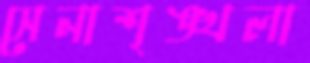
সেনাশৃঙ্খলা